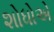
શોધોએ